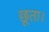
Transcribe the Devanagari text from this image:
छूता।